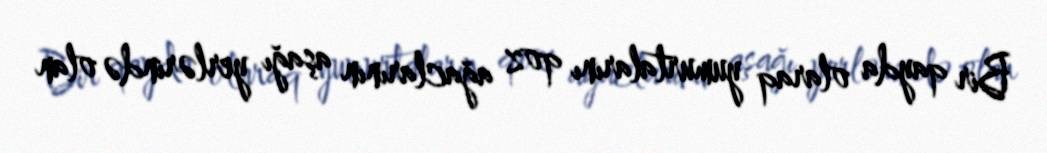
Bir qayda olaraq yumurtalarını qoz ağaclarının aşağı yerlərində olan